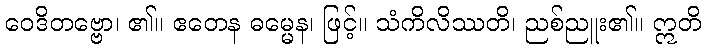
ဝေဒိတဗ္ဗော၊ ၏။ ဧတေန ဓမ္မေန၊ ဖြင့်။ သံကိလိဿတိ၊ ညစ်ညူး၏။ ဣတိ